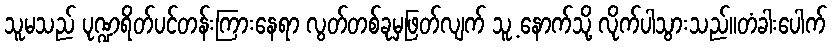
သူမသည် ပုဏ္ဍရိတ်ပင်တန်းကြားနေရာ လွတ်တစ်ခုမှဖြတ်လျက် သူ့ နောက်သို့ လိုက်ပါသွားသည်။တံခါးပေါက်